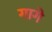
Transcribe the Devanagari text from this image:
गागे